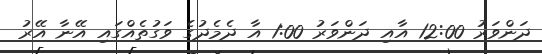
ދަންވަރު 12:00 އާއި ދަންވަރު 1:00 އާ ދެމެދުގެ ވަގުތެއްގައި އޭނާ އޭރު